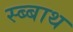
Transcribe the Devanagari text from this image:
स्ब्बाथ